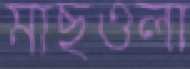
মাছওলা